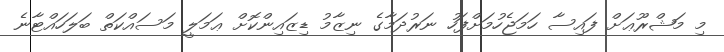
މި މަޝްރޫޢަށް ފައިސާ ހަމަޖެހުމަށްފަހު ނަރުދަމާގެ ނިޒާމު ޑިޒައިންކޮށް ޢަމަލީ މަސައްކަތް ބަލަހައްޓާނެ